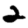
Digit: 2